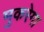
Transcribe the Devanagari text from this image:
मुकरेगा